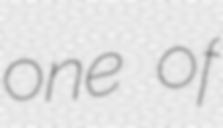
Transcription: one of